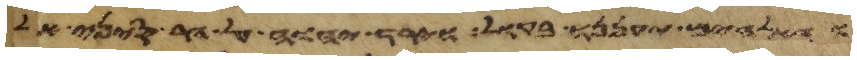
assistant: והאלהים יעננו בקול וירד יהוה על הר סיני אל